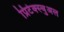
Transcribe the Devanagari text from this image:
प्रिटेक्स्चुअल